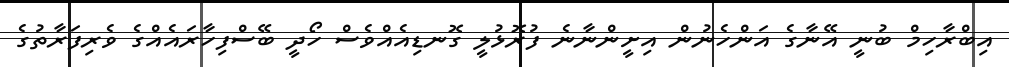
އިބްރާހިމް ބުނީ އޭނާގެ އަންހެނުން އިށީންނާނެ ފުރޮޅުލީ ގޮނޑިއެއްވެސް ހޯދީ ބޭސްފިހާރައެއްގެ ވެރިފަރާތުގެ